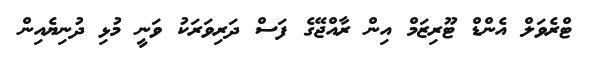
ޓްރެވަލް އެންޑް ޓޫރިޒަމް އިން ރާއްޖޭގެ ފަސް ދަރިވަރަކު ވަނީ މުޅި ދުނިޔެއިން